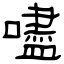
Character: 嚍